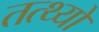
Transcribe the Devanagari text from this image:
तत्थ्यो